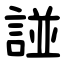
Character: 諩